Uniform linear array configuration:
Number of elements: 32
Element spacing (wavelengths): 0.5
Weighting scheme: blackman
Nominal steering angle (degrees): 30
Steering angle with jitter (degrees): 30.9
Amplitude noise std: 0.05
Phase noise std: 0.05

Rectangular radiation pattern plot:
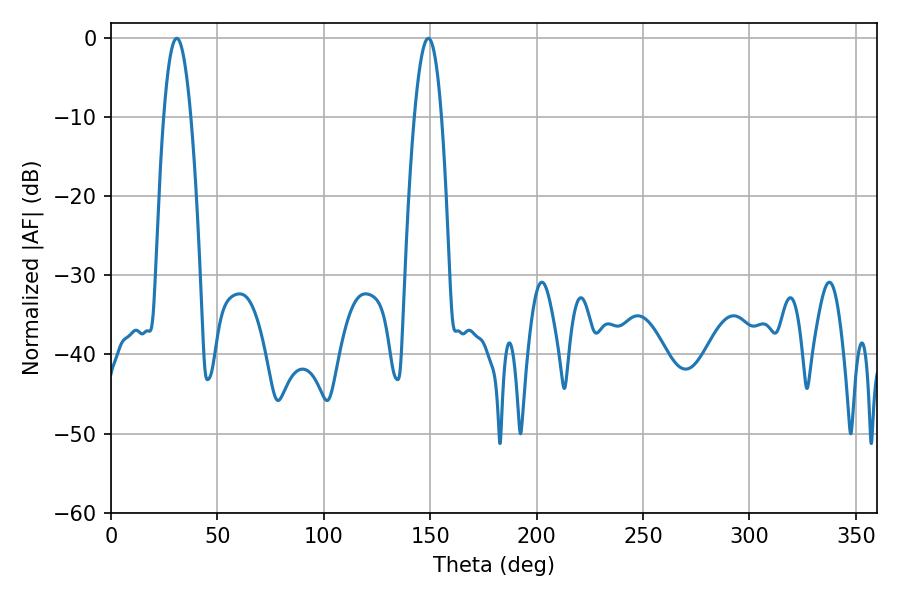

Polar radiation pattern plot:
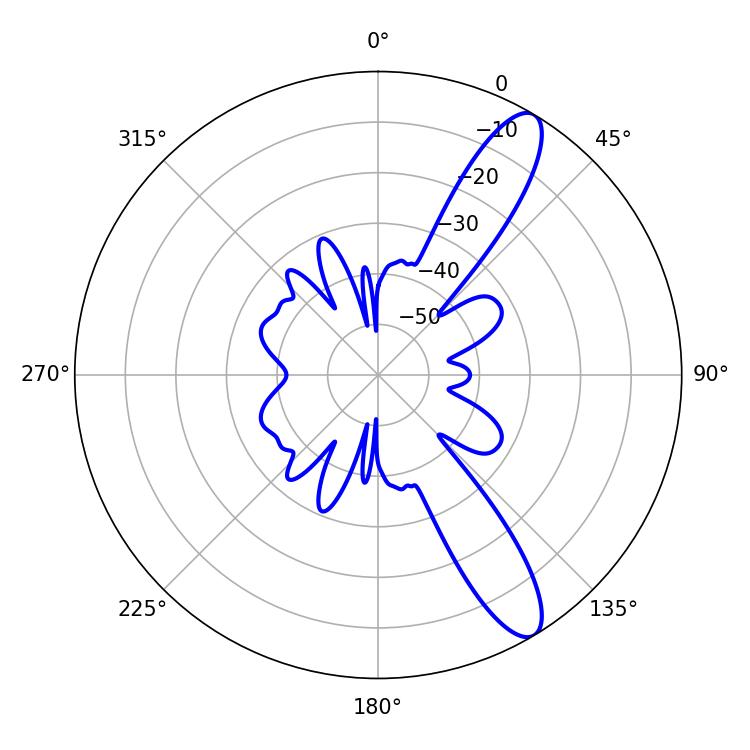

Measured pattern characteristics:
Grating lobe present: FALSE
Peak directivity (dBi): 11.686
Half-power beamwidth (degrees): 6.84
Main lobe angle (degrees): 149.04